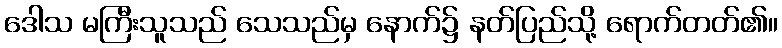
ဒေါသ မကြီးသူသည် သေသည်မှ နောက်၌ နတ်ပြည်သို့ ရောက်တတ်၏။